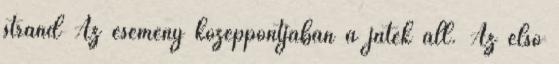
strand Az esemény középpontjában a játék áll. Az első